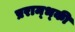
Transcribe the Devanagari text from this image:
प्रराम्भ्की